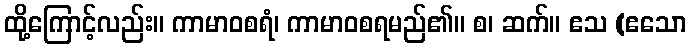
ထို့ကြောင့်လည်း။ ကာမာဝစရံ၊ ကာမာဝစရမည်၏။ စ၊ ဆက်။ ဧသ (ဧသော